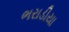
ભરાડીયા